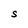
Character: S